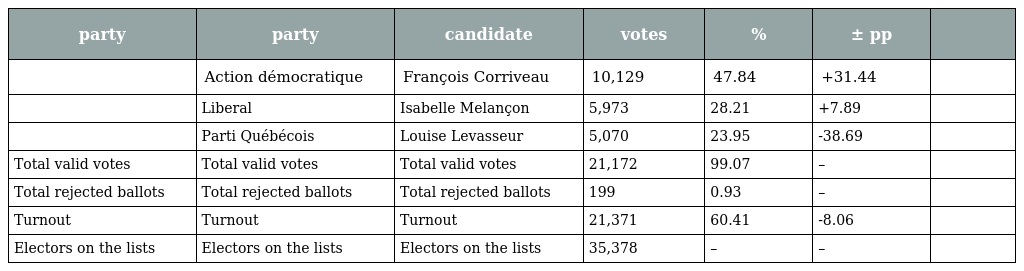
| party | party | candidate | votes | % | ± pp |  |
 | --- | --- | --- | --- | --- | --- | --- |
 |  | Action démocratique | François Corriveau | 10,129 | 47.84 | +31.44 |  |
 |  | Liberal | Isabelle Melançon | 5,973 | 28.21 | +7.89 |  |
 |  | Parti Québécois | Louise Levasseur | 5,070 | 23.95 | -38.69 |  |
 | Total valid votes | Total valid votes | Total valid votes | 21,172 | 99.07 | – |  |
 | Total rejected ballots | Total rejected ballots | Total rejected ballots | 199 | 0.93 | – |  |
 | Turnout | Turnout | Turnout | 21,371 | 60.41 | -8.06 |  |
 | Electors on the lists | Electors on the lists | Electors on the lists | 35,378 | – | – |  |